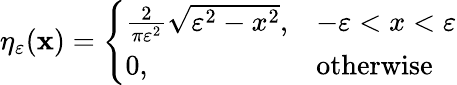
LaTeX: \eta_{\varepsilon}(\mathbf{x})={\left\{ \begin{array}{ll}{{\frac{2}{\pi\varepsilon^{2}}}{\sqrt{\varepsilon^{2}-x^{2}}},}&{-\varepsilon<x<\varepsilon}\\ {0,}&{{\mathrm{otherwise}}}\end{array}\right.}